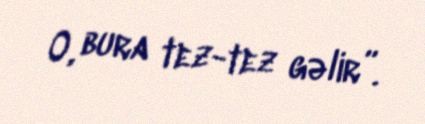
O, bura tez-tez gəlir”.